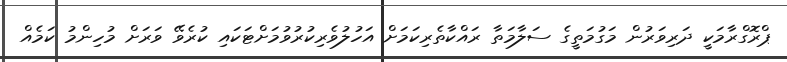
ޕްރޮގްރާމަކީ ދަރިވަރުން މަގުމަތީގެ ސަލާމަތާ ރައްކާތެރިކަމަށް އަހުލުވެރިކުރުވުމަށްޓަކައި ކުރެވޭ ވަރަށް މުހިންމު ކަމެއް